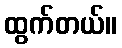
ထွက်တယ်။